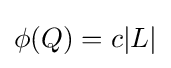
\phi (Q)=c|L|